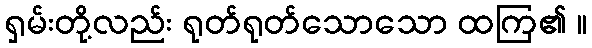
ရှမ်းတို့လည်း ရုတ်ရုတ်သောသော ထကြ၏ ။